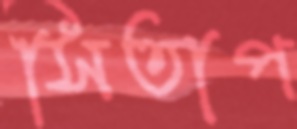
সিতাপ